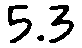
5.3